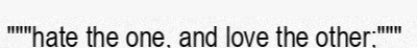
"""hate the one, and love the other;"""